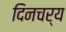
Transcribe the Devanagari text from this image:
दिनचर्य